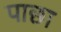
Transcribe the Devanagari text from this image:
पाछा